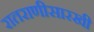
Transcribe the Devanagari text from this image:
रातराणीसारखी